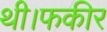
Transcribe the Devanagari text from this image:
थी।फकीर